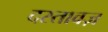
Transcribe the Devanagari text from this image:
दस्तावज़